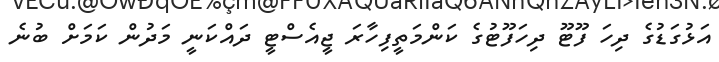
އަޅުގަޑުގެ ދިހަ ފޫޓޫ ދިހަފޫޓުގެ ކަންމަތީފިހާރަ ޖީއެސްޓީ ދައްކަނީ މަދުން ކަމަށް ބުނެ